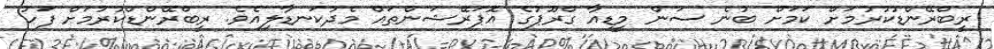
ރީބްރޭންޑުކުރުމަށް ކަމަށް ބުނެ ސަން މީޑިއާ ގްރޫޕުގެ އޮޕަރޭޝަންތައް މެދުކަނޑާލިއެވެ. ރީބްރޭންޑްކުރުމަށް ފަހު